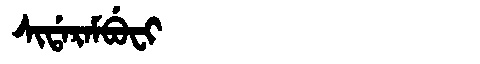
Manchu: ᠰᡳᡩᠠᡵᠠᠮᠪᡠᠸᡳ
Romanization: SIDARAMBUFI